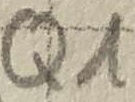
Text: Q1